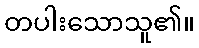
တပါးသောသူ၏။